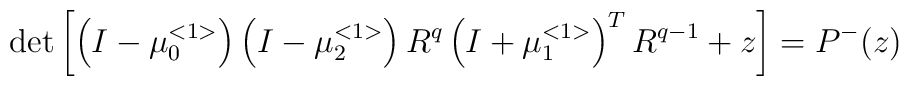
\det\left[ \left( I-\mu _{0}^{<1>}\right) \left( I-\mu _{2}^{<1>}\right) R^{q}\left( I+\mu _{1}^{<1>}\right) ^{T}R^{q-1}+z\right] =P^{-}(z)